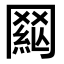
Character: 𦋟